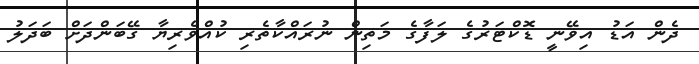
ދެން އަޑު އިވޭނީ ޑޮކްޓަރުގެ ލަފާގެ މަތިން ނުރައްކާތެރި ކުއްވެރިޔާ ގޭބަންދަށް ބަދަލު